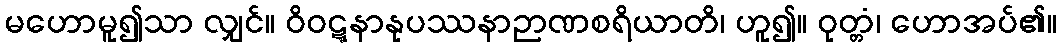
မဟောမူ၍သာ လျှင်။ ဝိဝဋ္ဋနာနုပဿနာဉာဏစရိယာတိ၊ ဟူ၍။ ဝုတ္တံ၊ ဟောအပ်၏။